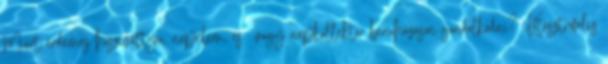
Miért érdemes hőszivattyú, napelem, és vagy napkollektor beruházáson gondolkodni? Katasztrofális